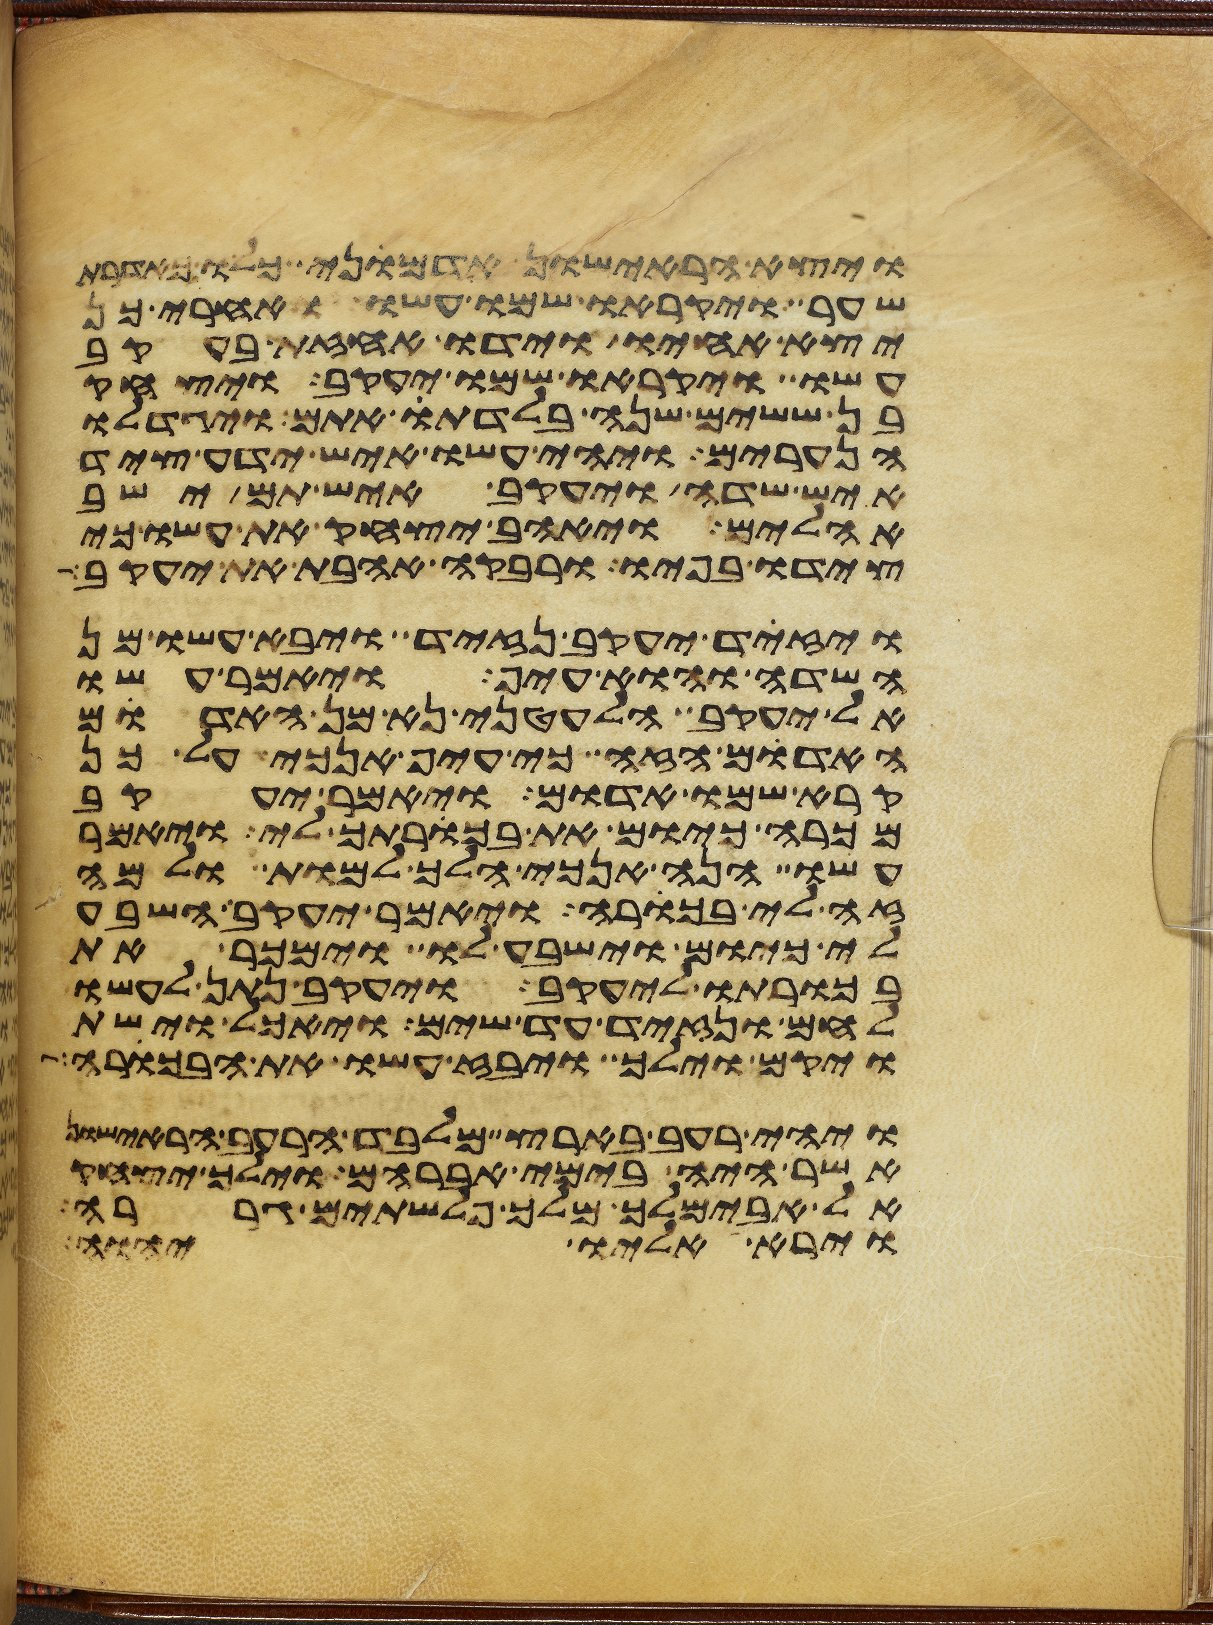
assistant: ויצא הראישון אדמוני כלו כאדרת
שער ויקראו שמו עשו ואחרי כן
יצא אחיו וידו אחזת בעקב
עשו ויקראו שמו יעקב ויצחק
בן ששים שנה בלדת אתם ויגדלו
הנערים ויהי עשו איש ידע ציד
איש שדה ויעקב איש תם ישב
אהלים ויאהב יצחק את עשו כי
צידו בפיו ורבקה אהבת את יעקב
ויזד יעקב נזיד ויבא עשו מן
השדה והוא עיף ויאמר עשו
אל יעקב הלעטני נא מן האדום
האדם הזה כי עיף אנכי על כן
קרא שמו אדום ויאמר יעקב
מכרה כיום את בכרתך לי ויאמר
עשו הנה אנכי הלך למות ולמה
זה לי בכורה ויאמר יעקב השבע
לי כיום וישבע לו וימכר את
בכורתו ליעקב ויעקב נתן לעשו
לחם ונזיד עד שים ויאכל וישת
ויקם וילך ויבז עשו את הבכורה
ויהי רעב בארץ מלבד הרעב הראישון
אשר היה בימי אברהם וילך יצחק
אל אבימלך מלך פלשתים גררה
וירא אליו יהוה